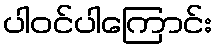
ပါဝင်ပါကြောင်း